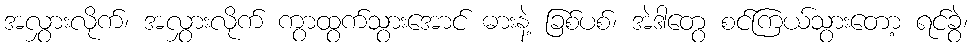
အလွှားလိုက်၊ အလွှားလိုက် ကွာထွက်သွားအောင် ဓားနဲ့ ခြစ်ပစ်၊ အဲဒါတွေ စင်ကြယ်သွားတော့ ရင်ခွဲ၊